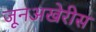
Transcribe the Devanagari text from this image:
जूनअखेरीस